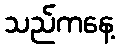
သည်ကနေ့